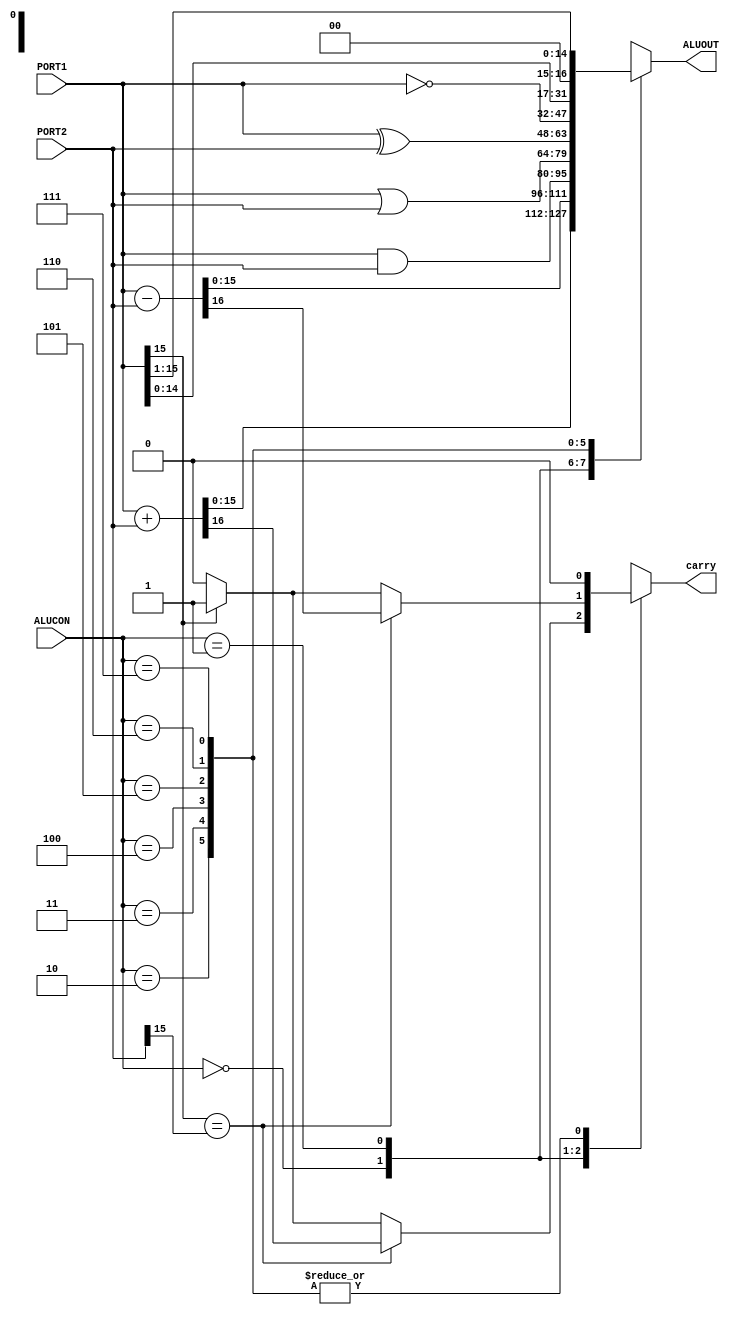
module alu16b(PORT1, PORT2, ALUCON, ALUOUT, carry);
  input [15:0]PORT1,PORT2;
  
  input [2:0] ALUCON;
  output carry;
  output [15:0] ALUOUT;
  reg  [15:0] ALUOUT;  
  reg carry,temp;
  
 always @(ALUCON or PORT1 or PORT2)
  
  begin
        case (ALUCON[2:0]) 
3'b000 : begin
                 {temp,ALUOUT} = (PORT1 + PORT2); //do add 
                 //generate appropriate carry for the purpose of slt especially
                  if(PORT1[15]==PORT2[15]) 
                  carry=temp;
                  else
                    if(PORT1[15]==1)
                      carry=1;
       else    
         carry=0;          
                  end
3'b001 : begin
                 {temp,ALUOUT} = (PORT1 - PORT2); // do subtract
                 //generate appropriate carry for the purpose of slt especially
                  if(PORT1[15]==PORT2[15]) 
                  carry=temp;
                  else
                    if(PORT1[15]==1)
                      carry=1;
      else    
        carry=0;          
                  end
3'b010 :  begin ALUOUT = PORT1 & PORT2;temp=0;carry=0; end // do and operation
3'b011 :  begin ALUOUT = PORT1 | PORT2;temp=0;carry=0; end // do or operation 
3'b100 :  begin ALUOUT = PORT1 ^ PORT2;temp=0;carry=0; end // do xor operation 
3'b101 :  begin ALUOUT = ~PORT1 ;temp=0;carry=0; end       // do not operation 
3'b110 :  begin ALUOUT = PORT1 << 1;temp=0;carry=0; end    // do SLA operation     
3'b111 :  begin ALUOUT = PORT1 >> 1;temp=0;carry=0; end    // do SRA operation  
         endcase      
  end    
endmodule